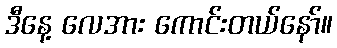
ဒီနေ့ လေအား ကောင်းတယ်နော်။